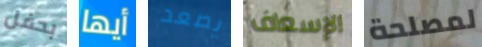
بحفل أيها يصعد الإسعاف لمصلحة